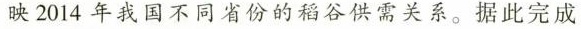
映2014年我国不同省份的稻谷供需关系。据此完成